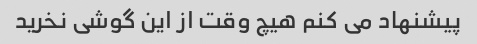
پیشنهاد می کنم هیچ وقت از این گوشی نخرید